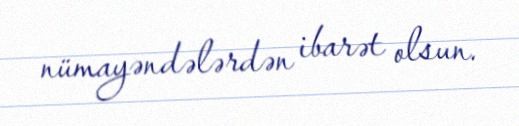
nümayəndələrdən ibarət olsun.